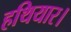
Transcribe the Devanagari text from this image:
हथियार।